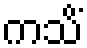
ကသိံ